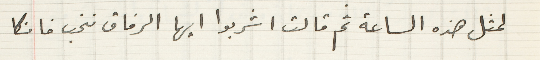
لمثل هذه الساعة ثم قالت اشربوا ايها الرفاق نخب فانكا